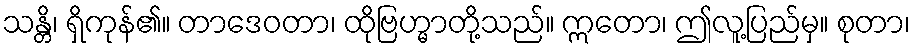
သန္တိ၊ ရှိကုန်၏။ တာဒေဝတာ၊ ထိုဗြဟ္မာတို့သည်။ ဣတော၊ ဤလူ့ပြည်မှ။ စုတာ၊